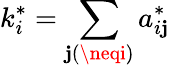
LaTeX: k_{i}^{*}=\sum_{\mathbf{j}(\neqi)}a_{i\mathbf{j}}^{*}